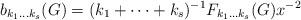
LaTeX: \begin{align*}b_{k_1\ldots k_s}(G) =(k_1+\cdots+k_s)^{-1} F_{k_1\ldots k_s}(G) x^{-2}\end{align*}